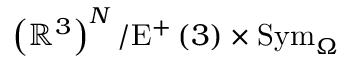
\left( \mathbb { R } ^ { 3 } \right) ^ { N } / \mathrm { E } ^ { + } \left( 3 \right) \times \mathrm { S y m } _ { \Omega }